Newspaper: Daily State sentinel. [volume]
Place of publication: Indianapolis, Ind.
Publisher: Bingham & Doughty
Date: 1865-06-10 00:00:00
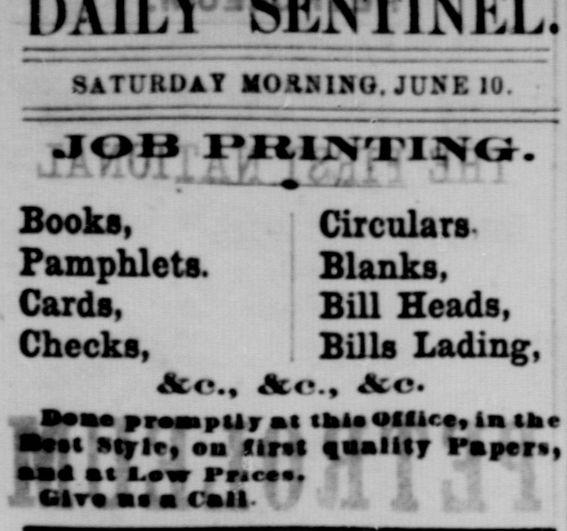
Advertisement text (OCR):
SATURDAY MOÄNINQ. JUNE 10. Books, Pamphlets. Cards, Checks, Circulars. Blanks, Bill Heads, Bills Lading, Ace., Sc., A:c , Don promptly ml tUkm Office, in the Cjti style, on flrtt quality l'apers, and at i.w rrict v tire as Call. JOBPRIiN i : t Ui j , f.
Label: text-only